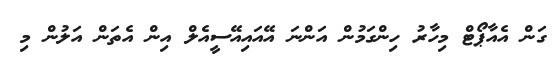
ގަން އެއާޕޯޓް މިހާރު ހިންގަމުން އަންނަ އޭއައިއޭސީއެލް އިން އެތަން އަލުން މި